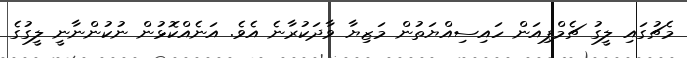
މެޗުގައި ލީގު ޗެމްޕިއަން ހައިސިއްޔަތުން މަޒިޔާ ވާދަކުރާނެ އެވެ. އަނެއްކޮޅުން ނުކުންނާނީ ލީގުގެ